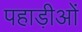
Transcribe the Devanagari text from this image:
पहाड़ीओं